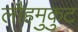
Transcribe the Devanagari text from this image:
लौहमुकुट